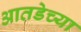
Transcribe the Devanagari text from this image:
आतडेच्या